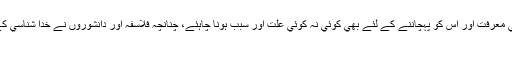
جب يہ بات اپني جگہ مسلم ہے كہ كوئي بھي فعل بغير علت كے نہيں ہوتا تو پھر اس دنيا كے خالق كي معرفت اور اس كو پہچاننے كے لئے بھي كوئي نہ كوئي علت اور سبب ہونا چاہئے، چنانچہ فلاسفہ اور دانشوروں نے خدا شناسي كے لئے تين بنيادي وجہيں اور علتيں بيان كي ہيں،جن پر قرآن كريم نے واضح طور پر روشني ڈالي ہے:
۱۔